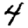
Digit: 4